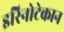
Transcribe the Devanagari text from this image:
इरिनोटेकान